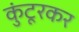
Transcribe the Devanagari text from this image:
कुंटूरकर